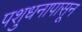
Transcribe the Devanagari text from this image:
पशुधनापासून